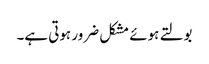
بولتے ہوئے مشکل ضرور ہوتی ہے۔